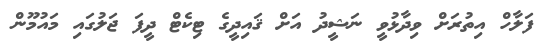
ފަލާހް އިތުރަށް ވިދާޅުވީ ނަޝީދު އަށް ޤައިދީގެ ޓިކެޓް ދީފަ ޖަލުގައި މައުމޫން